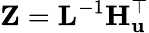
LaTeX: \mathbf{Z}=\mathbf{L}^{-1}\mathbf{H}_{\mathbf{u}}^{\top}